Document type: Dowry acquittance
Year: 1427
Scribe: Pere Tarafa
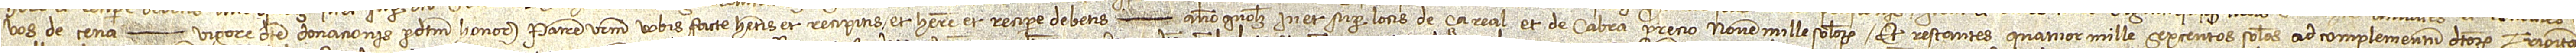
vos de cena  vigore dicte donacionis predictum honorabilem patrem vestrum vobis facte habetis et recipitis et habere et recipere debetis  anno quolibet in et super locis de Çareal et de Cabra, precio novem mille solidorum, et restantes quatuor mille sexcentos solidos ad complementum dictorum triginta